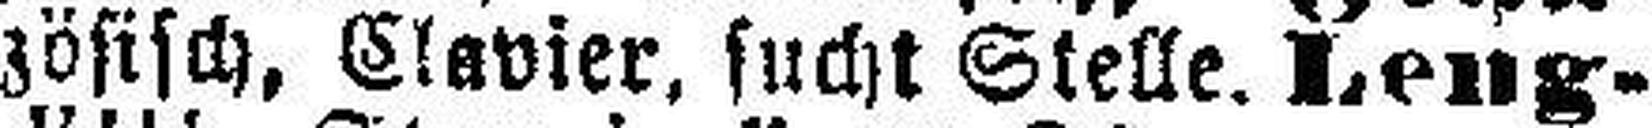
zösisch, Clavier, sucht Stelle. Leng¬